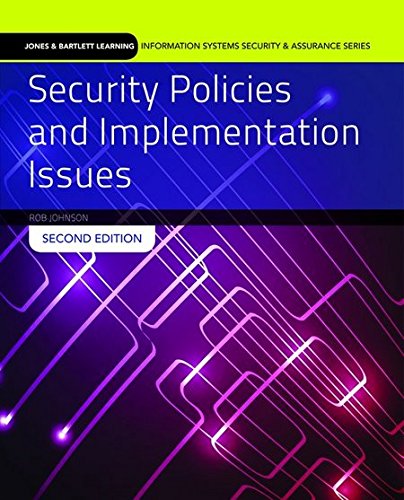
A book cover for Security Policies And Implementation Issues (Jones & Bartlett Learning Information Systems Security & Assurance); Robert Johnson; Computers & Technology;